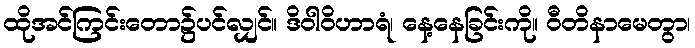
ထိုအင်ကြင်းတော၌ပင်လျှင်။ ဒိဝါဝိဟာရံ၊ နေ့နေခြင်းကို။ ဝီတိနာမေတွာ၊